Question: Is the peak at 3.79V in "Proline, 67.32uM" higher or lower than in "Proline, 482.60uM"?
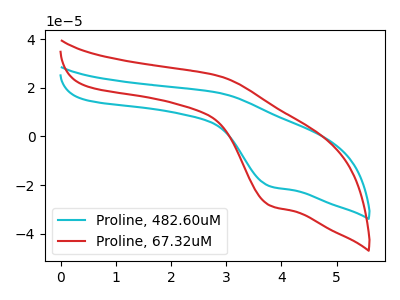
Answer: <think>The cyan curve "Proline, 482.60uM" has an anodic peak at (2.85V, 17.90uA) and a cathodic peak at (3.80V, -20.45uA). The red curve "Proline, 67.32uM" has an anodic peak at (2.85V, 24.85uA) and a cathodic peak at (3.80V, -28.35uA).</think>
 <answer>The peak at 3.79V is higher in "Proline, 67.32uM" than in "Proline, 482.60uM".</answer>
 <eval>higher</eval>